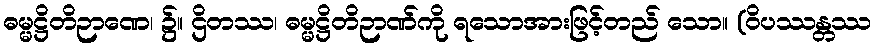
ဓမ္မဋ္ဌိတိဉာဏေ၊ ၌။ ဌိတဿ၊ ဓမ္မဋ္ဌိတိဉာဏ်ကို ရသောအားဖြင့်တည် သော။ (ဝိပဿန္တဿ